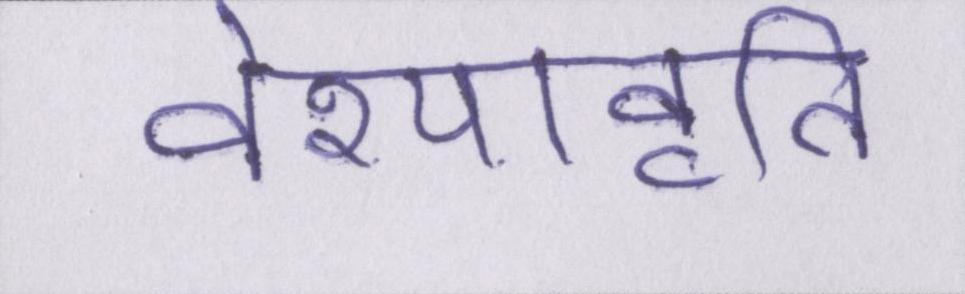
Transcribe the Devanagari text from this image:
वेश्यावृति